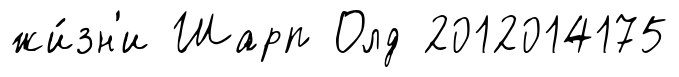
жи́зн'и Шарп Олд 2012014175